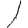
Digit: 1